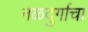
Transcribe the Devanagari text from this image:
नळदुर्गाचा